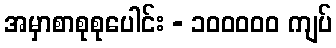
အမှာစာစုစုပေါင်း - ၁၀၀၀၀၀ ကျပ်